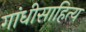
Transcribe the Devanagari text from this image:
गांधीसाहित्य